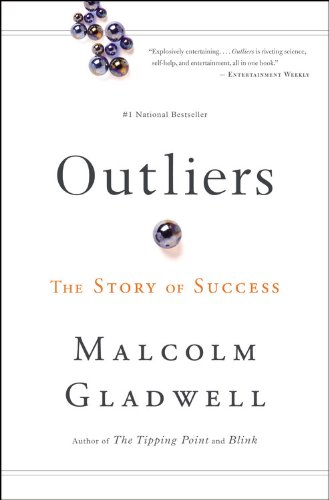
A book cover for Outliers: The Story of Success; Malcolm Gladwell; Self-Help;